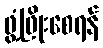
ဖွံ့ဖြိုးစေရန်